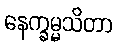
နေက္ခမ္မသိတာ